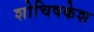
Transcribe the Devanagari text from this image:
शोचिषकेश